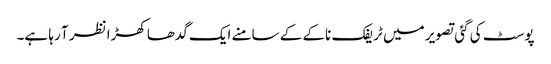
پوسٹ کی گئی تصویر میں ٹریفک ناکے کے سامنے ایک گدھا کھڑا نظر آ رہا ہے۔